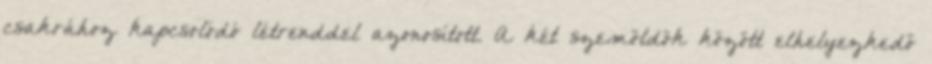
csakrához kapcsolódó létrenddel azonosított. A két szemöldök között elhelyezkedő